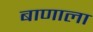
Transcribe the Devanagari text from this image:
बाणाला